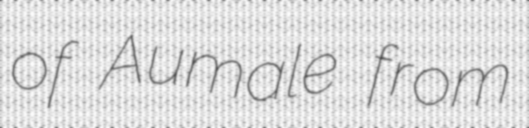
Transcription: of Aumale from